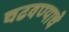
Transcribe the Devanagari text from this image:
चढवण्याचे